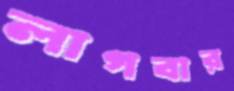
লাগবার